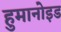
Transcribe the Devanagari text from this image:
हुमानोइड